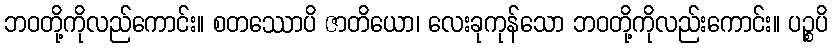
ဘဝတို့ကိုလည်ကောင်း။ စတဿောပိ ဇာတိယော၊ လေးခုကုန်သော ဘဝတို့ကိုလည်းကောင်း။ ပဉ္စပိ